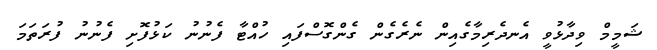
ޝަމީމް ވިދާޅުވީ އެނދެރިމާގެއިން ނެރެގެން ގެންގޮސްފައި ހުއްޓާ ފެނުނު ކަޅުފޮށި ފެނުނު ފުރަތަމަ